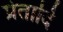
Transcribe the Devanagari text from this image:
प्रेतादि